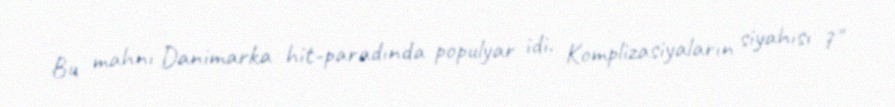
Bu mahnı Danimarka hit-paradında populyar idi. Komplizasiyaların siyahısı 7"